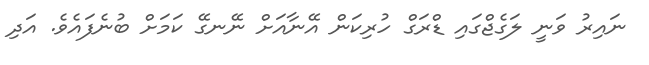
ނައިރު ވަނީ ލަގެޖްގައި ޑްރަގް ހުރިކަން އޭނާއަށް ނޭނގޭ ކަމަށް ބުނެފައެވެ. އަދި